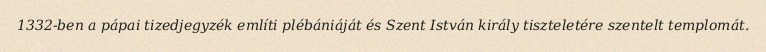
1332-ben a pápai tizedjegyzék említi plébániáját és Szent István király tiszteletére szentelt templomát.